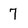
Character: 7